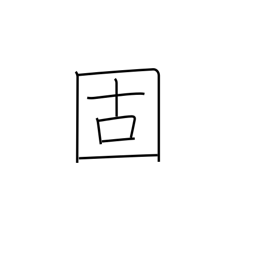
Meaning: set